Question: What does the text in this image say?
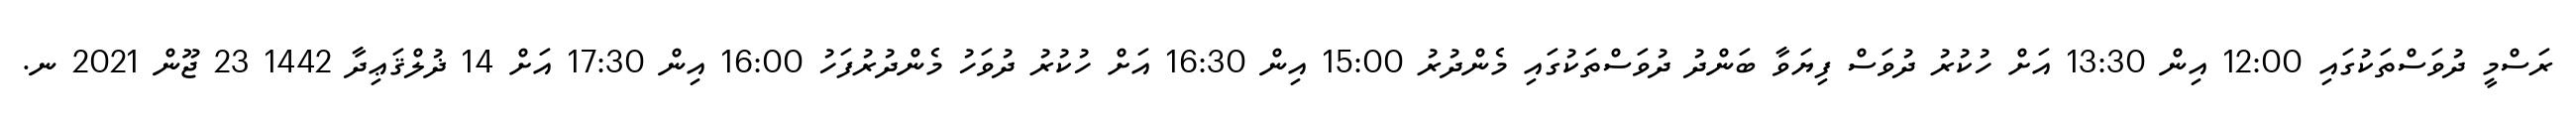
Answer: ރަސްމީ ދުވަސްތަކުގައި 12:00 އިން 13:30 އަށް ހުކުރު ދުވަސް ފިޔަވާ ބަންދު ދުވަސްތަކުގައި މެންދުރު 15:00 އިން 16:30 އަށް ހުކުރު ދުވަހު މެންދުރުފަހު 16:00 އިން 17:30 އަށް 14 ޛުލްޤަޢިދާ 1442 23 ޖޫން 2021 ނ.